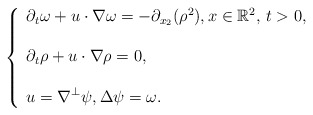
\begin{align*} \left\{\begin{array}{l}\displaystyle \partial_t \omega + u\cdot\nabla \omega = -\partial_{x_2} (\rho^2),x \in \mathbb{R}^2, \, t>0,\\ \\\displaystyle \partial_t \rho + u\cdot\nabla \rho =0,\\ \\\displaystyle u =\nabla^\perp \psi, \Delta\psi = \omega.\end{array}\right.\end{align*}